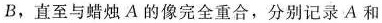
B，直至与蜡烛A的像完全重合，分别记录A和